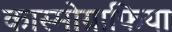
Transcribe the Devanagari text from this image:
कास्मोग्राफिया